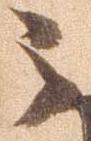
之